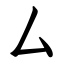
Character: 厶